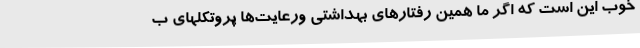
خوب این است که اگر ما همین رفتارهای بهداشتی ورعایت‌ها پروتکلهای ب